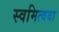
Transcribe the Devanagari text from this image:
स्वमित्ववा